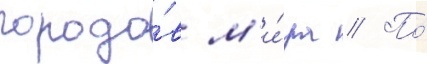
городо́в м'и́ра // По́